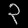
Digit: ၃